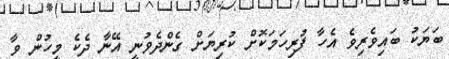
ބަޔަކު ބައިވެރިވެ އެހާ ފުރިހަމަކޮށް ކުރިޔަށް ގެންދެވުނީ އޭނާ ދެކެ މީހުން ވާ